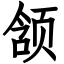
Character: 颔